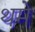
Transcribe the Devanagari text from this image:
थमे